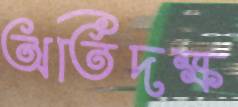
অতিদক্ষ